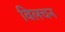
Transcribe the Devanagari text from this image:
विलचन